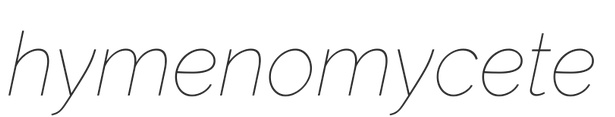
hymenomycete